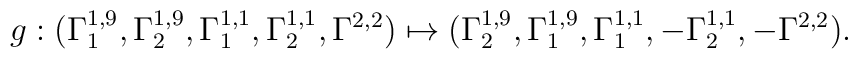
g:(\Gamma_1^{1,9},\Gamma_2^{1,9},\Gamma_1^{1,1},\Gamma_2^{1,1},\Gamma^{2,2})\mapsto (\Gamma_2^{1,9},\Gamma_1^{1,9},\Gamma_1^{1,1},-\Gamma_2^{1,1},-\Gamma^{2,2}).